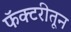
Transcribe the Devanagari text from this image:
फॅक्टरीतून